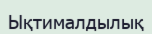
Ықтималдылық